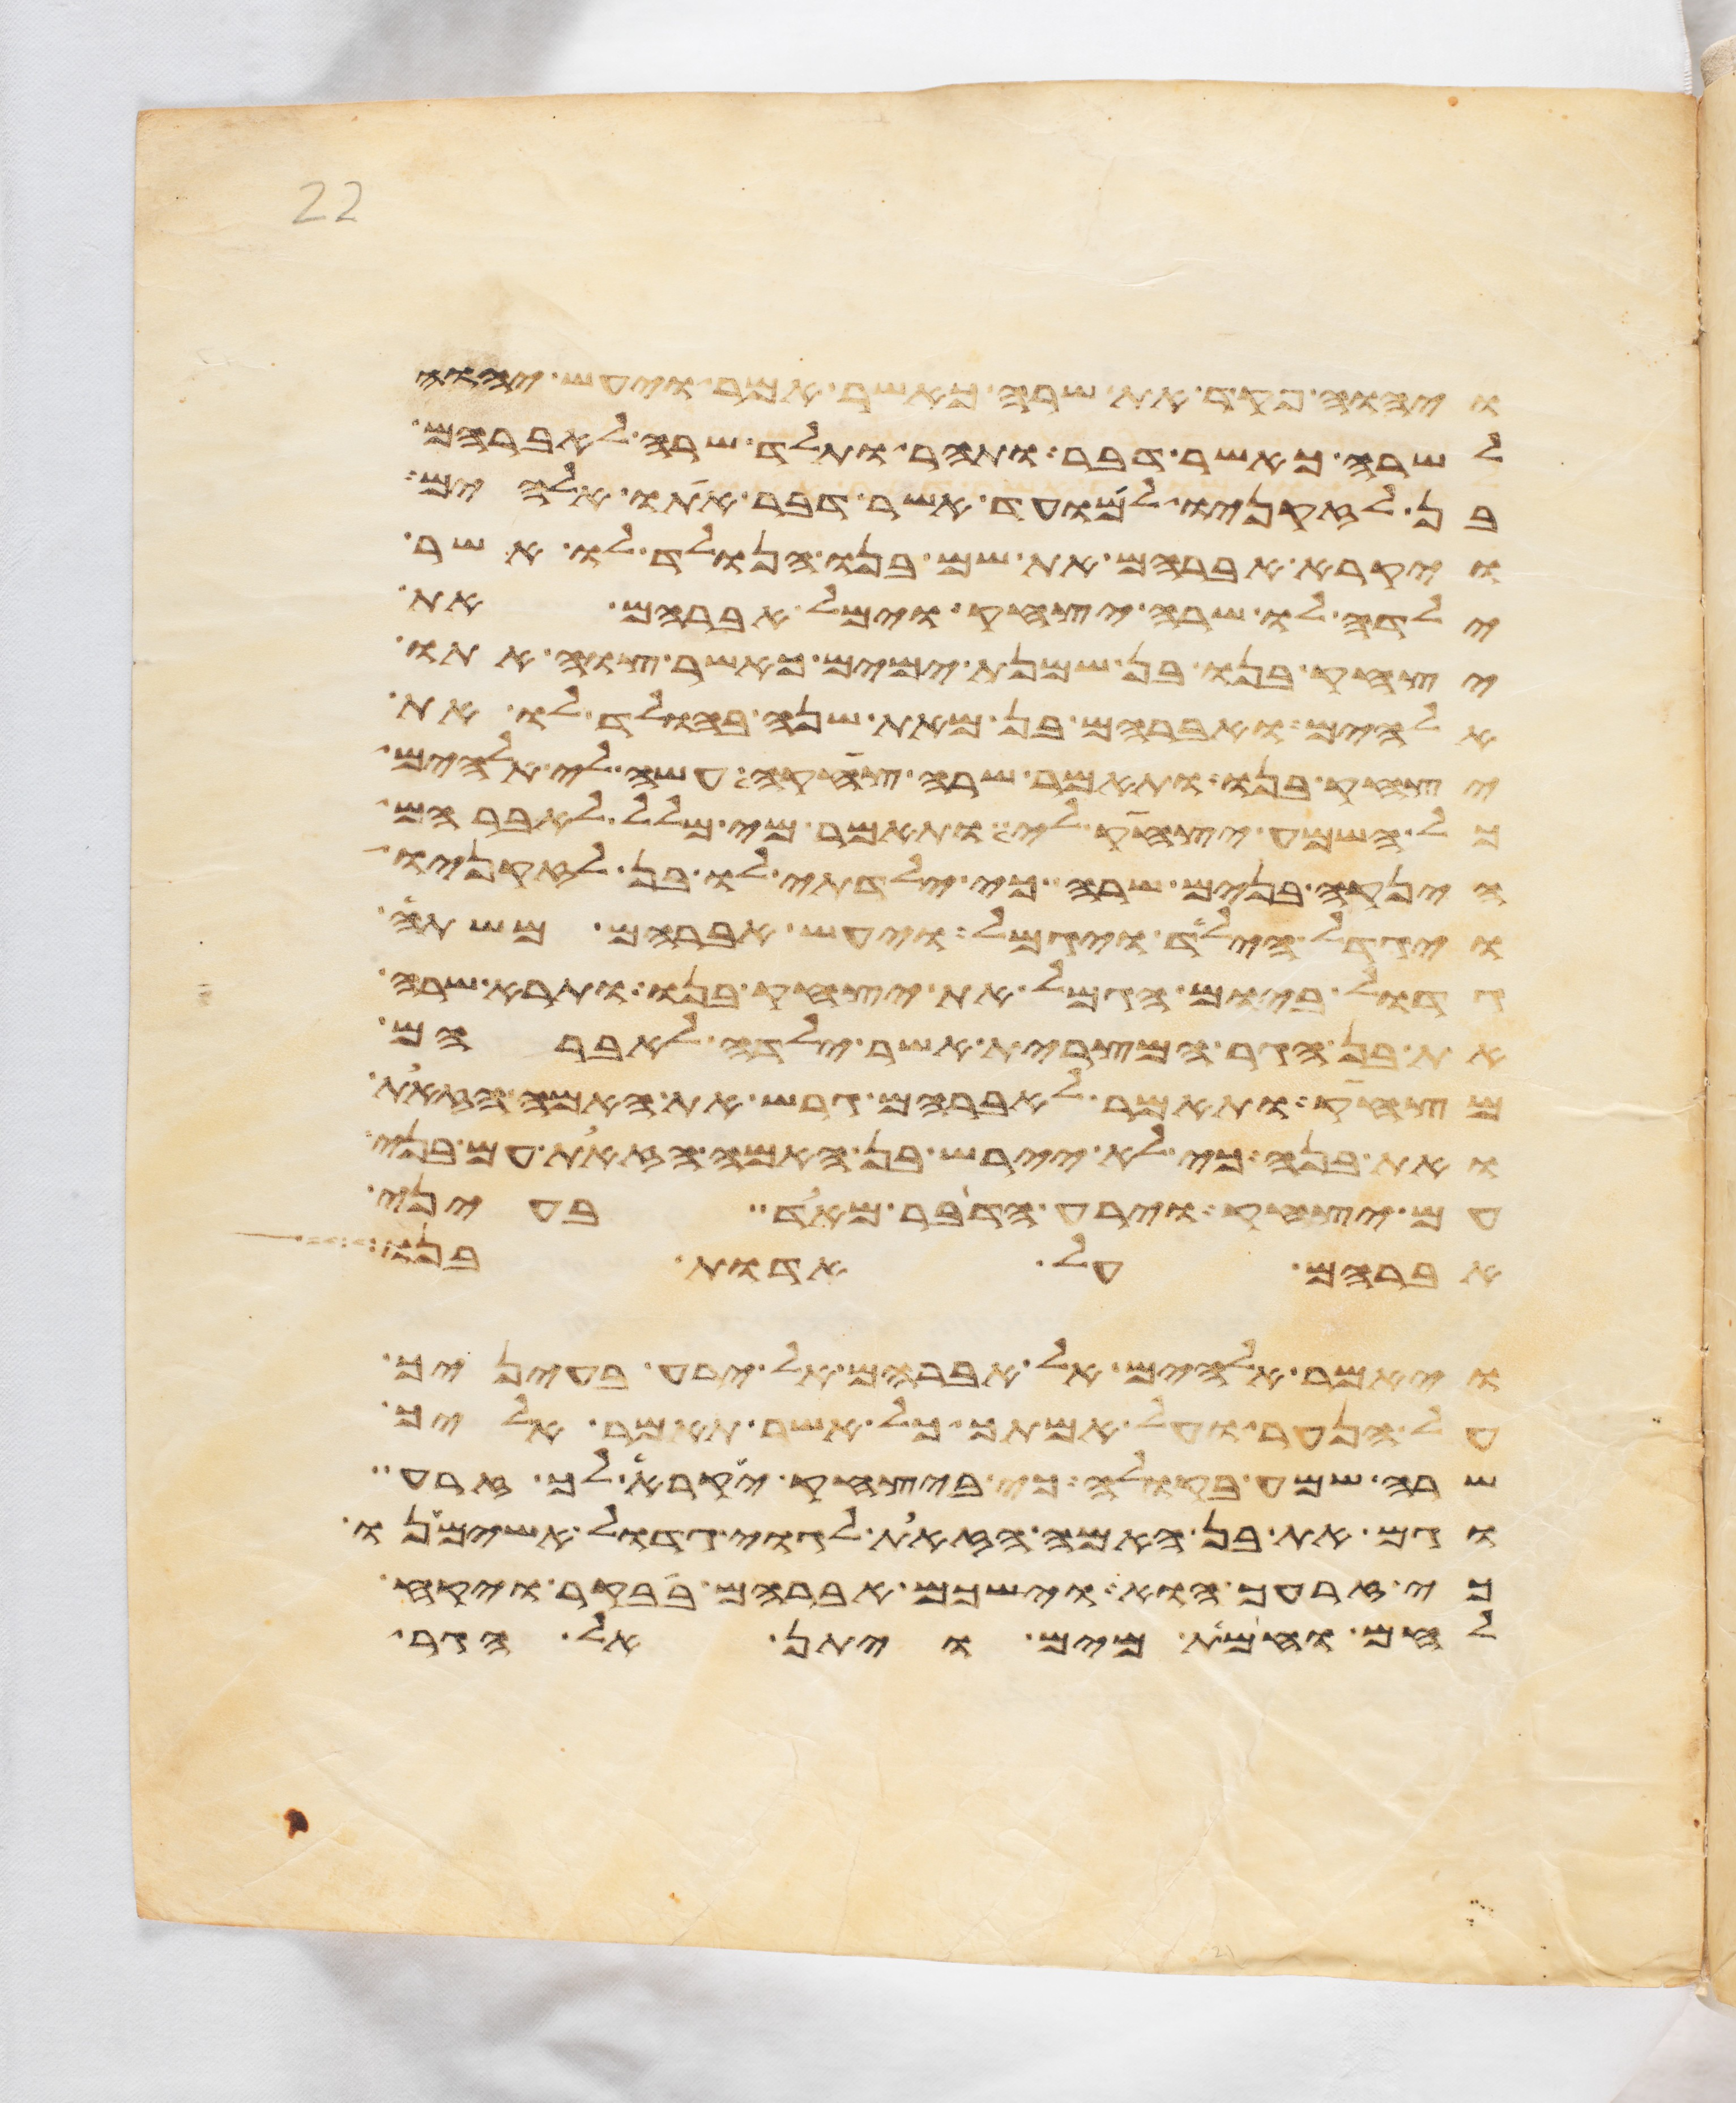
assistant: ויהוה פקד את שרה כאשר אמר ויעש יהוה
לשרה כאשר דבר ותהר ותלד שרה לאברהם
בן לזקניו למועד אשר דבר אתו אלהים
ויקרא אברהם את שם בנו הנולד לו אשר
ילדה לו שרה יצחק וימל אברהם את
יצחק בנו בן שמנת ימים כאשר צוה אתו
אלהים ואברהם בן מאת שנה בהולד לו את
יצחק בנו ותאמר שרה צחק עשה לי אלהים
כל השמע יצחק לי ותאמר מי מלל לאברהם
היניקה בנים שרה כי ילדתי לו בן לזקניו
ויגדל הילד ויגמל ויעש אברהם משתה
גדול ביום הגמל את יצחק בנו ותרא שרה
את בן הגר המצרית אשר ילדה לאברהם
מצחק ותאמר לאברהם גרש את האמה הזאת
ואת בנה כי לא יירש בן האמה הזאת עם בני
עם יצחק וירע הדבר מאד בעיני
אברהם על אדות בנו
ויאמר אלהים אל אברהם אל ירע בעיניך
על הנער ועל אמתך כל אשר תאמר אליך
שרה שמע בקולה כי ביצחק יקרא לך זרע
וגם את בן האמה הזאת לגוי גדול אשימנו
כי זרעך הוא וישכם אברהם בבקר ויקח
לחם וחמת מים ויתן אל הגר